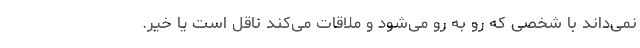
نمی‌داند با شخصی که رو به رو می‌شود و ملاقات می‌کند ناقل است یا خیر.